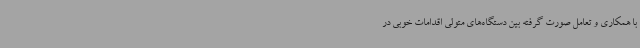
با همکاری و تعامل صورت گرفته بین دستگاه‌های متولی اقدامات خوبی در